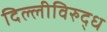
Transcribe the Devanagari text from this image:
दिल्लीविरुद्ध